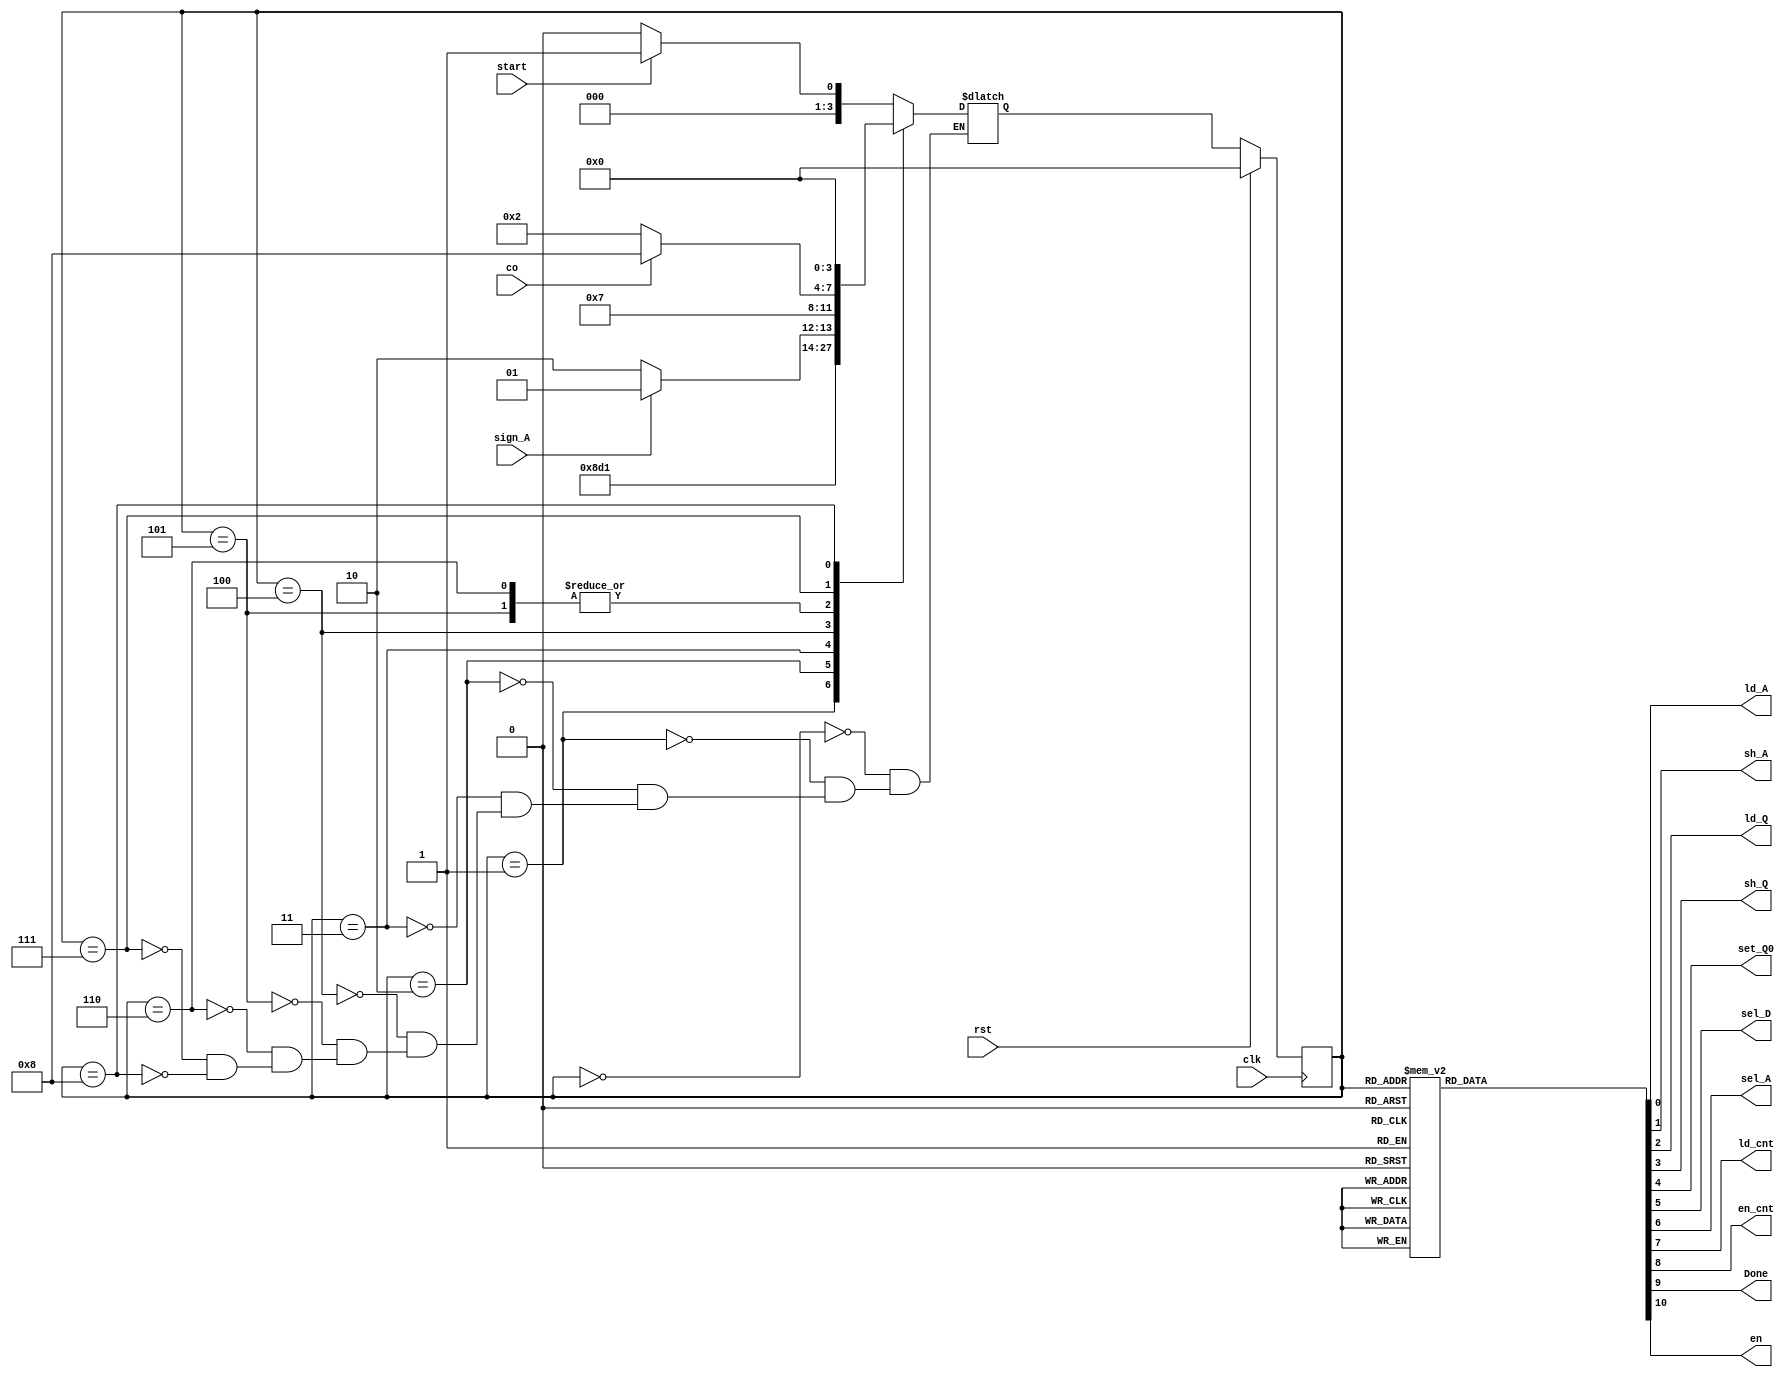
`timescale 1ns/1ns
module controller(start, sign_A, co, clk, rst, ld_A, sh_A, ld_Q, sh_Q, set_Q0, sel_D, sel_A, ld_cnt, en_cnt, Done, en);
  input start, sign_A, co, clk, rst;
  output ld_A, sh_A, ld_Q, sh_Q, set_Q0, sel_D, sel_A, ld_cnt, en_cnt, Done, en;
  reg ld_D, ld_A, sh_A, ld_Q, sh_Q, set_Q0, sel_D, sel_A, ld_cnt, en_cnt, Done, en;
  parameter [3:0] Idle = 0, A = 1, B = 2, C = 3, D = 4, E = 5, F = 6, G = 7, H = 8;
  reg[3:0] ps,ns;
  always @(posedge clk) begin
    if(rst)
      ps <= Idle;
    else
      ps <= ns;
  end
  
  always@(ps or start or sign_A or co) begin
    case(ps)
      Idle: ns = start ? A : Idle;
      A: ns = B;
      B: ns = C;
      C: ns = D;
      D: ns = sign_A ? E : F;
      E: ns = G;
      F: ns = G;
      G: ns = co ? H : B; 
      H: ns = Idle;
    endcase
  end
  
  always @(ps) begin
    {ld_A,sh_A,ld_Q,sh_Q,set_Q0,sel_D,sel_A,en_cnt,ld_cnt,Done,en} = 11'b00000000000;
    case(ps)
      Idle: ;
      A: {ld_A,ld_Q,ld_cnt,sel_A} = 5'b11111;
      B: {sh_A,sh_Q} = 2'b11;
      C: begin ld_A = 1'b1; en = 1; end
      D: ;
      E: begin en = 1; sel_D = 1'b1; ld_A = 1'b1; end
      F: set_Q0 = 1'b1;
      G: en_cnt = 1'b1; 
      H: Done = 1'b1;
    endcase
  end
endmodule